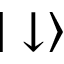
| \downarrow \rangle